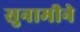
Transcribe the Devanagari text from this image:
सुनामीने